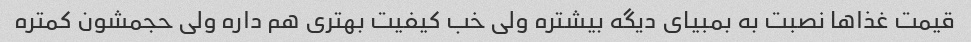
قیمت غذاها نصبت به بمبیای دیگه بیشتره ولی خب کیفیت بهتری هم داره ولی حجمشون کمتره